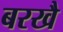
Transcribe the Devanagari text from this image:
बरखै